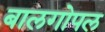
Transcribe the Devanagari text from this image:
बालगोपल